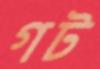
গট